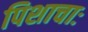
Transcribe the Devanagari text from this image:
पिशाचाः